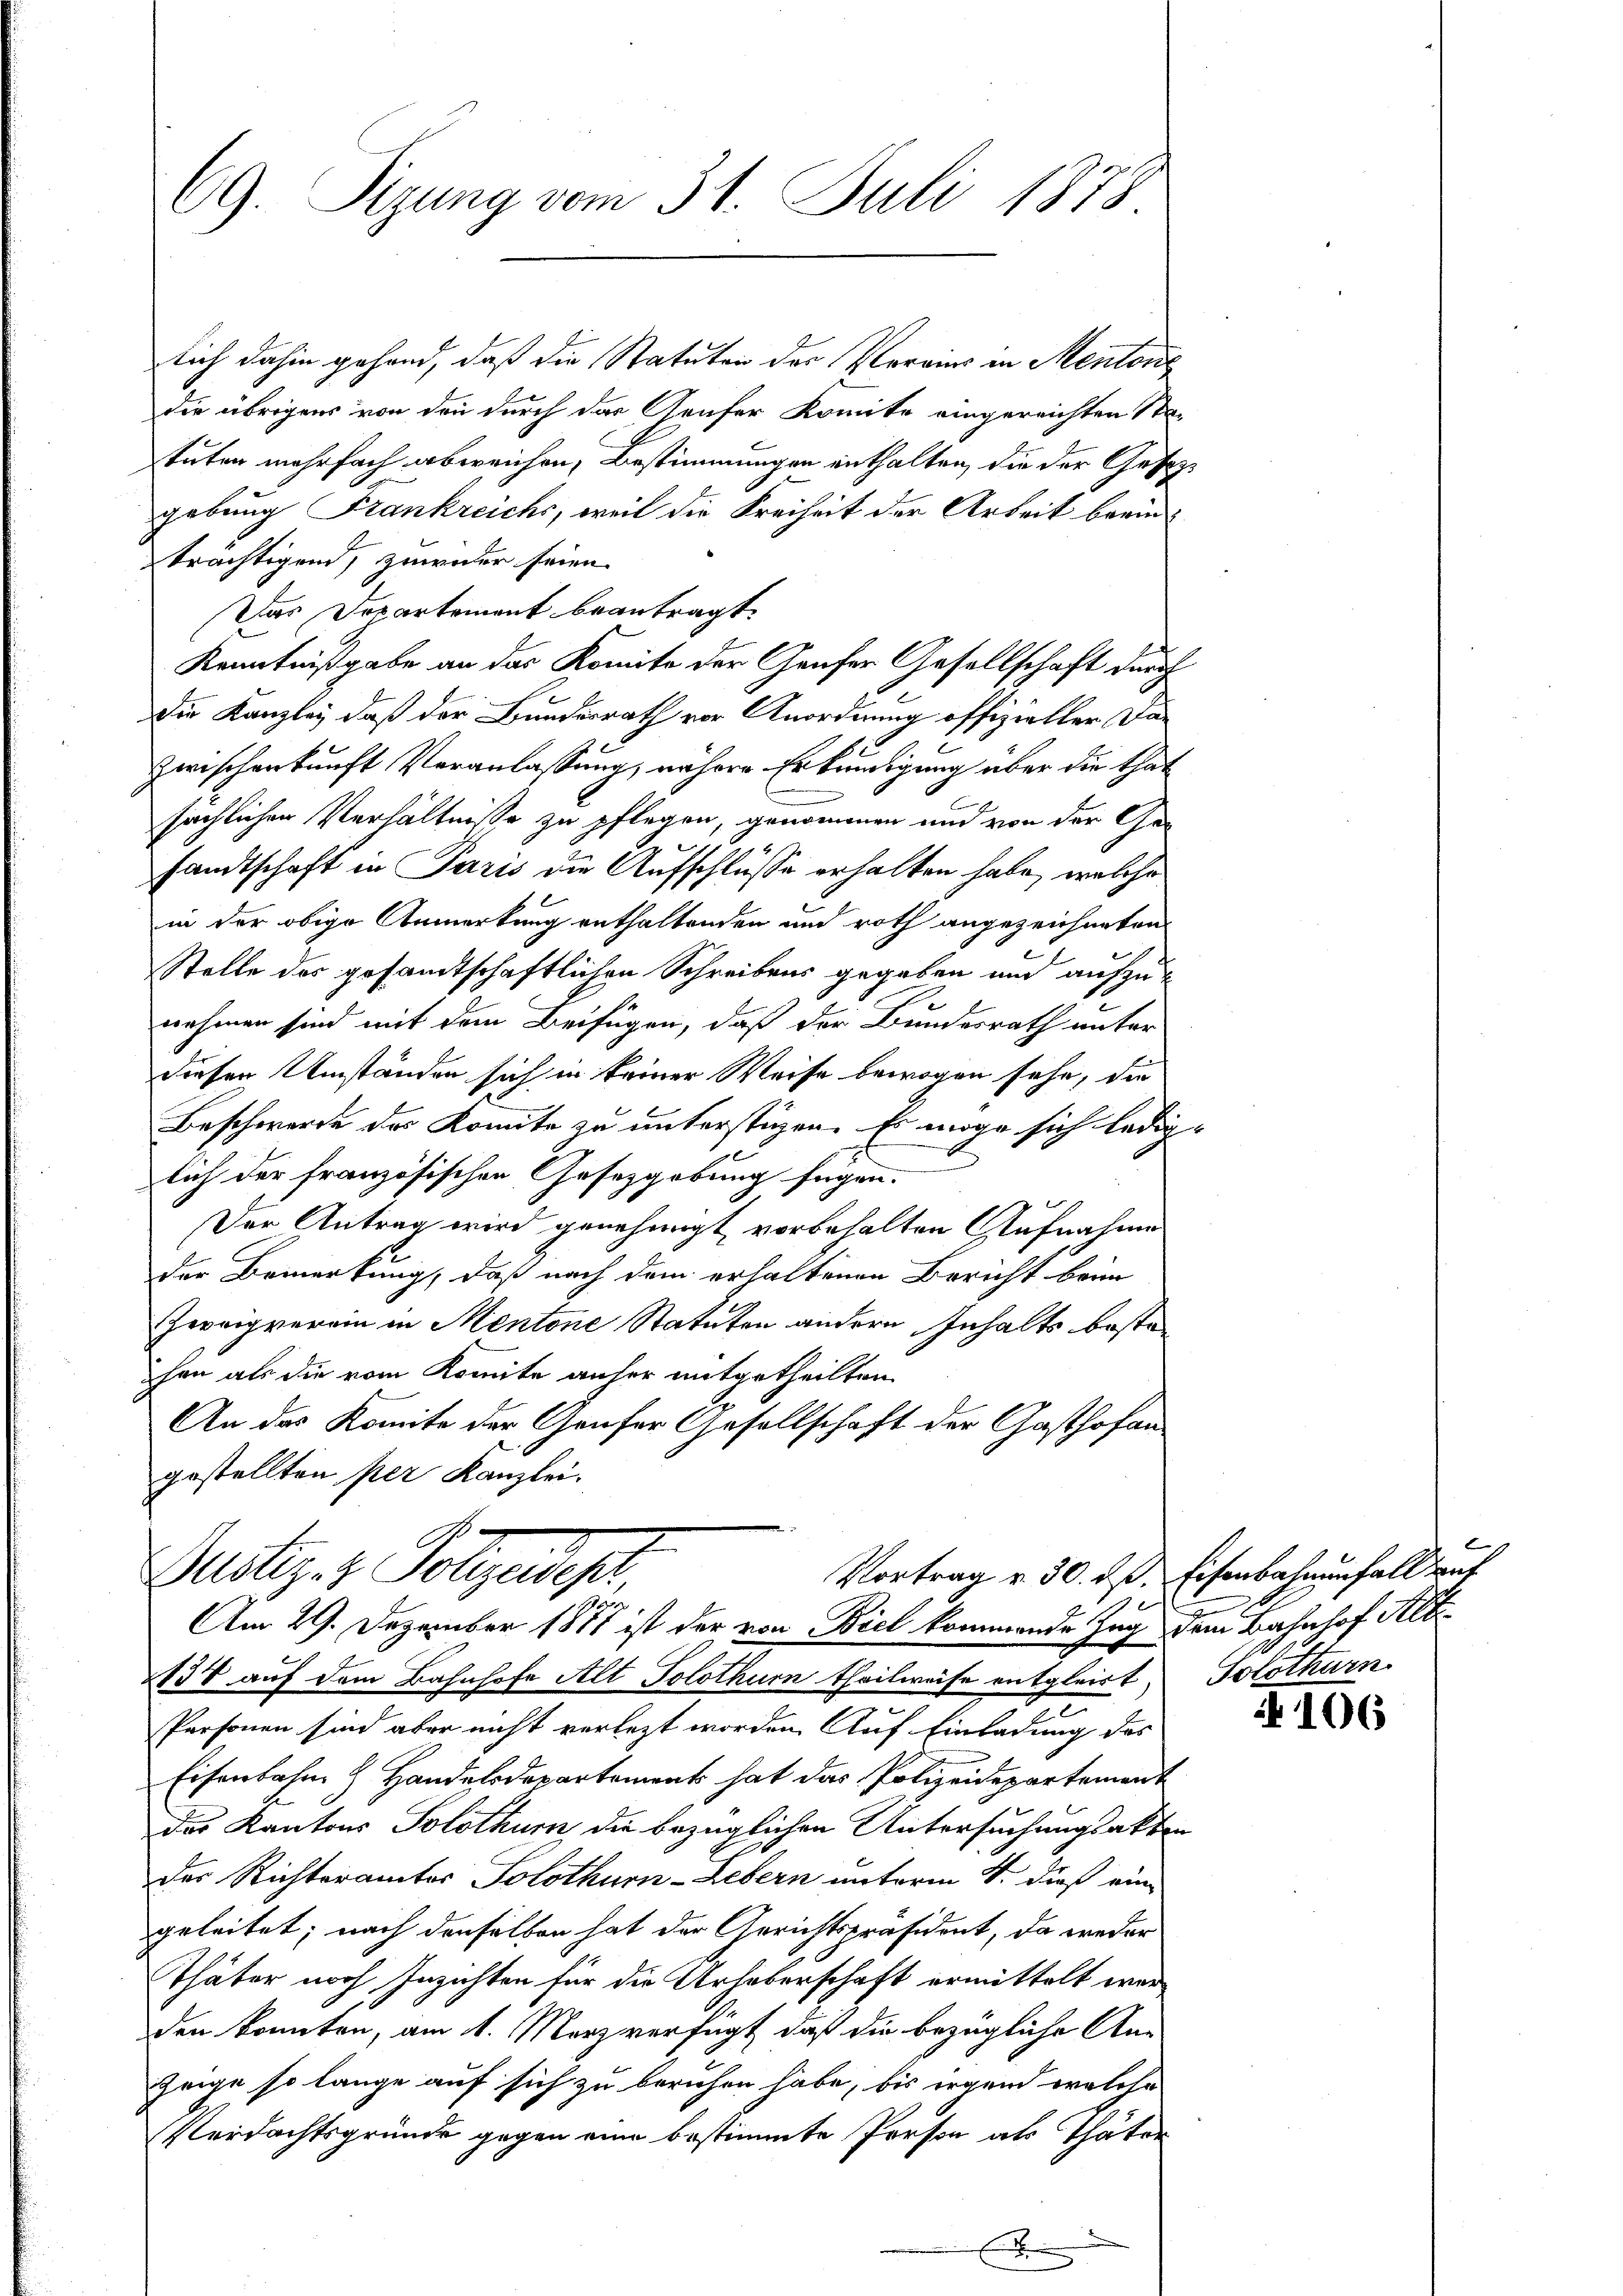
CG. Sizung vom 31. Juli 1878

lich dahin gehand, daß die Statuten der Vereins in Mentons
die übrigens von den durch das Kaufer Komite eingereichten Sta-
stuten mehrfach abweichen, Bestimmungen enthalten, die der Gesezgebung Frankreichs, weil die Freiheit der Arbeit beeinträchtigend, zuwider seien
Der Departement beantragt.
Kenntnißgabe an das Komite der Genfer Gesellschaft durch
die Kanzley, daß der Bundesrath vor Anordnung offizieller Da¬
Zwischenkunft Veranlassung, nähere Erkundigung über die that
sächlichen Verhältnisse zu pflegen, genommen und von der Gesandtschaft in Paris die Aufschlüsse erhalten habe, welche
in der obige Anmerkung enthaltenden und roth angezeichneten
Stelle des gesamtschaftlichen Schreibens gegeben und aufzunehmen sind mit dem Beifügen, daß der Bundesrath unter
dieser Umständen sich in keiner Weise bewogen sehe, die
Beschwerde des Komite zu unterstüzen. Es möge sich ledigs
lich der französischen Gesetzgebung fügen.
Der Antrag wird genehmigt, vorbehalten Aufnahme
der Bemerkung, daß nach dem erhaltenen Bericht beim
Zweigverein in Mentone Statuten andern Inhalts besten
han als die vom Komite anher mitgetheilten
An das Komite der Genfer Gesellschaft der Gasthofen
gestellten per Kanzlei.
Dustiz- & Polgendest,
Vortrag v. 30. d. Eisenbahnenfall auf
Am 29. Dezember 1887 ist der von Biel kommende Zug dem Bahnhof Alte
2138 auf dem Bahnhofe Alt Solothur theilweise entgleicht, Solothurn.
Personen sind aber nicht verlezt worden Auf Einladung des
Eisenbahn & Handelsdepartement hat das Polizeidepartement
das Kantons Solothur die bezüglichen Untersuchungsakten
der Richteramtes Solothurn-Lebern unterm 4. dieß eine
geleitet; nach denselben hat der Gerichtspräsident, da weder
Thäter noch Inzichten für die Urheberschaft ermittelt worden konnten, am 1. März verfügt, daß die bezügliche An-
Zeige so lange auf sich zu beruhen habe, bis irgend welche
Verdachtsgründe gegen eine bestimmte Person als Thäter

E

f

106